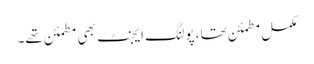
مکمل مطمئن تھا، پولنگ ایجنٹ بھی مطمئن تھے۔